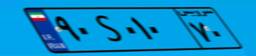
۹۰S۰۱۰۷۰